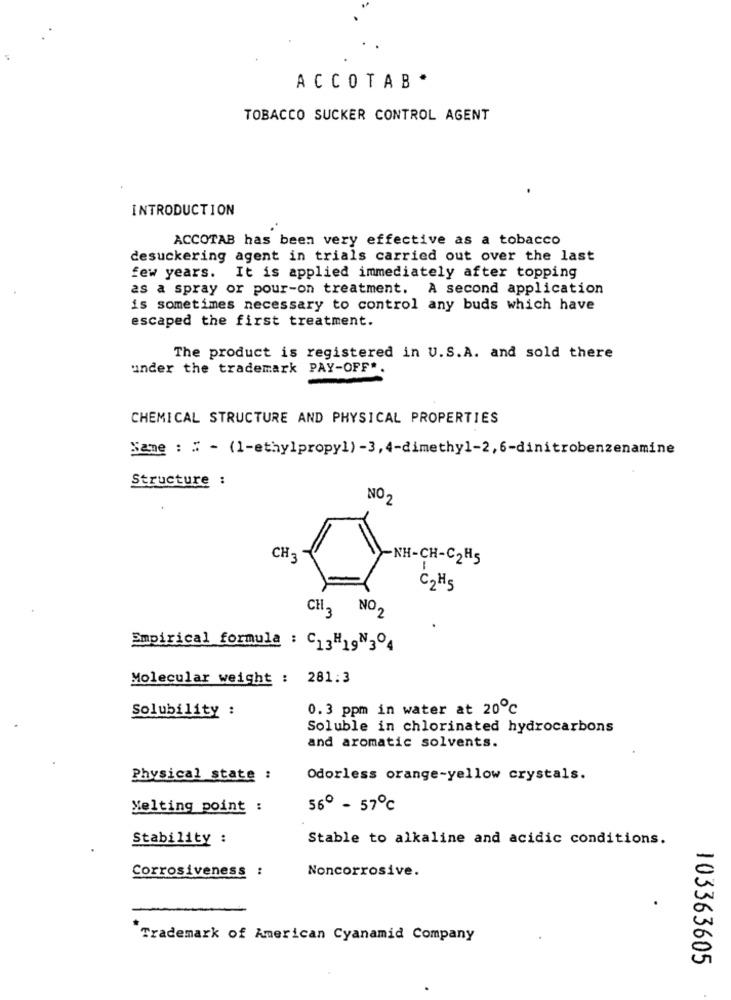
ACCOTAB *
TOBACCO SUCKER CONTROL AGENT
INTRODUCTION
ACCOTAB has been very effective as a tobacco
desuckering agent in trials carried out over the last
few years. It is applied immediately after topping
as a spray or pour-on treatment. A second application
is sometimes necessary to control any buds which have
escaped the first treatment.
The product is registered in U.S.A. and sold there
under the trademark PAY-OFF"
CHEMICAL STRUCTURE AND PHYSICAL PROPERTIES
Same : : - (1-ethylpropyl) -3, 4-dimethyl-2, 6-dinitrobenzenamine
Structure :
NO 2
CH3
-NH-CH-C2H5
C2H5
CH3 NO2
Empirical formula : C13H197304
Molecular weight : 281.3
Solubility :
0.3 ppm in water at 20℃
Soluble in chlorinated hydrocarbons
and aromatic solvents.
Physical state :
Odorless orange-yellow crystals.
Melting point :
56º - 57℃
Stability :
Stable to alkaline and acidic conditions.
Corrosiveness :
Noncorrosive.
Trademark of American Cyanamid Company
103363605